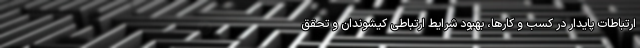
ارتباطات پایدار در کسب و کارها، بهبود شرایط ارتباطی کیشوندان و تحقق